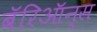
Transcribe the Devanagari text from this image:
बॅरिऑन्स